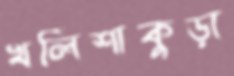
খলিশাকুড়া